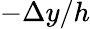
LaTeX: -\Delta y/h